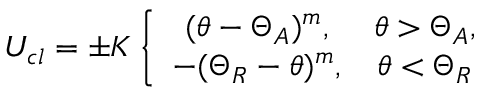
U _ { c l } = \pm K \left\{ \begin{array} { c c } { ( \theta - \Theta _ { A } ) ^ { m } , } & { \theta > \Theta _ { A } , } \\ { - ( \Theta _ { R } - \theta ) ^ { m } , } & { \theta < \Theta _ { R } } \end{array} \right.